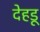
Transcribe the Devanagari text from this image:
देहडू